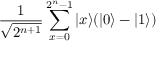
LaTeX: { \frac { 1 } { \sqrt { 2 ^ { n + 1 } } } } \sum _ { x = 0 } ^ { 2 ^ { n } - 1 } | x \rangle ( | 0 \rangle - | 1 \rangle )